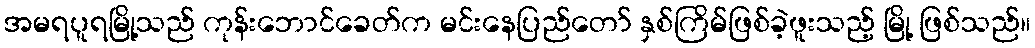
အမရပူရမြို့သည် ကုန်းဘောင်ခေတ်က မင်းနေပြည်တော် နှစ်ကြိမ်ဖြစ်ခဲ့ဖူးသည့် မြို့ ဖြစ်သည်။